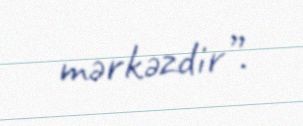
mərkəzdir”.